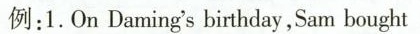
例:1.0 n Daming's birthday,Sam bought